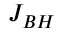
J _ { B H }